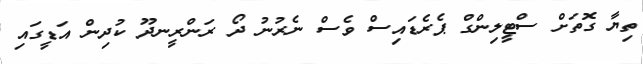
ތިޔާ ގޮތަށް ސްޓީލިންގް ޕެރެޑައިސް ވެސް ނެރުނު ދޯ ރަންރީނދޫ ކުދިން އަޑީގައި